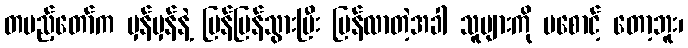
တပည့်တော်က မှန်မှန်နဲ့ မြန်မြန်သွားပြီး ပြန်လာတဲ့အခါ သူများကို မစောင့် တော့ဘူး၊